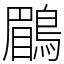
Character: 鶥